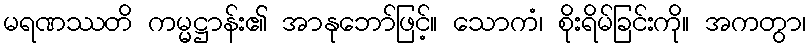
မရဏဿတိ ကမ္မဋ္ဌာန်း၏ အာနုဘော်ဖြင့်။ သောကံ၊ စိုးရိမ်ခြင်းကို။ အကတွာ၊